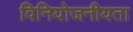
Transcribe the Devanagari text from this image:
विनियोजनीयता